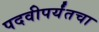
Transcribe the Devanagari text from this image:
पदवीपर्यंतचा